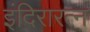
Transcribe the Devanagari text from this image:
इंदिरारत्‍न